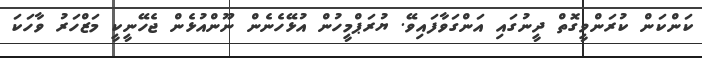
ކަންކަން ކުރަންވީގޮތް ދީނުގައި އަންގަވާފައިވޭ. ޔުރަޕްމީހުން އުޅޭހެނެން ނޫންއުޅެން ޖެހޭނީކީ މަޒްހަރު ވާހަކަ